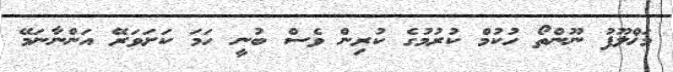
މަޚްލޫފު ނޫންތޯ ހުކުމް ކުރުމުގެ ކުރިން ވެސް ބުނީ ހަމަ ކަށަވަރޭ އަންނާނަމޭ